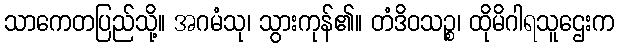
သာကေတပြည်သို့။ အဂမံသု၊ သွားကုန်၏။ တံဒိဝသဉ္စ၊ ထိုမိဂါရသူဌေးက